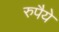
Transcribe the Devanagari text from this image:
रुपैये